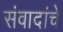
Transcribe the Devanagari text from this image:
संवादांचे